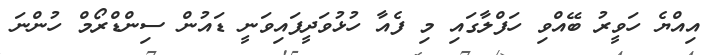
އިއްޔެ ހަވީރު ބޭއްވި ހަފްލާގައި މި ފެއާ ހުޅުވަދީފައިވަނީ ޑައުން ސިންޑްރޯމް ހުންނަ